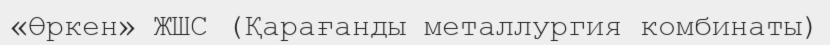
«Өркен» ЖШС (Қарағанды металлургия комбинаты)